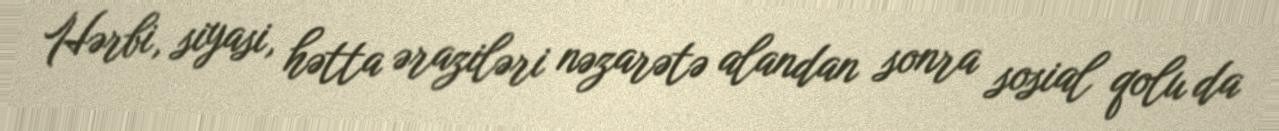
Hərbi, siyasi, hətta əraziləri nəzarətə alandan sonra sosial qolu da